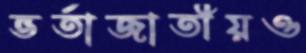
ভর্তাজাতীয়ও